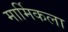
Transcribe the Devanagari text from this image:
मार्मिकला